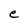
Character: e